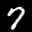
Label: 7